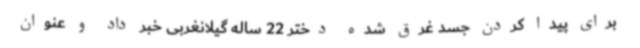
برای پیدا کردن جسد غرق شده دختر 22 ساله گیلانغربی خبر داد و عنوان